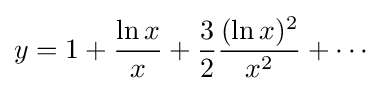
y=1+{\frac {\ln x}{x}}+{\frac {3}{2}}{\frac {(\ln x)^{2}}{x^{2}}}+\cdots